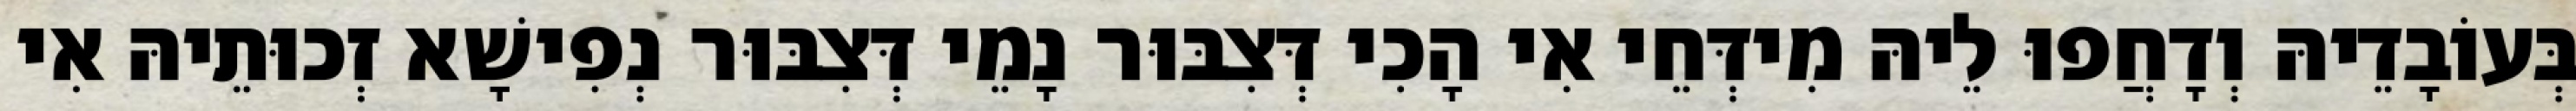
בְּעוֹבָדֵיהּ וְדָחֲפוּ לֵיהּ מִידְּחֵי אִי הָכִי דְּצִבּוּר נָמֵי דְּצִבּוּר נְפִישָׁא זְכוּתֵיהּ אִי